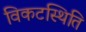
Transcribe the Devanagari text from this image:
विकटस्थिति